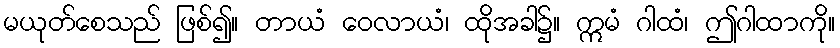
မယုတ်စေသည် ဖြစ်၍။ တာယံ ဝေလာယံ၊ ထိုအခါ၌။ ဣမံ ဂါထံ၊ ဤဂါထာကို။